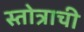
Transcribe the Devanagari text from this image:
स्तोत्राची